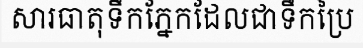
សារធាតុទឹកភ្នែកដែលជាទឹកប្រៃ